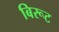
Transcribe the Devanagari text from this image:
बिरूट